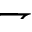
\rightharpoondown